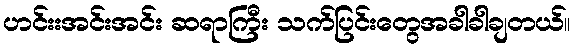
ဟင်းးအင်းအင်း ဆရာကြီး သက်ပြင်းတွေအခါခါချတယ်။